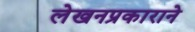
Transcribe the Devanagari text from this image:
लेखनप्रकाराने